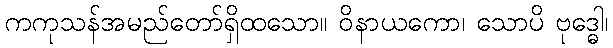
ကကုသန်အမည်တော်ရှိထသော။ ဝိနာယကော၊ သောပိ ဗုဒ္ဓေါ၊